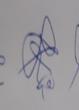
Signature authenticity: genuine